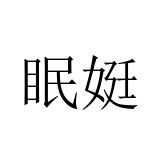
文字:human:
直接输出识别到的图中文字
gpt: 眠娗